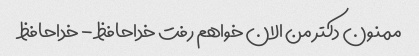
ممنون دکتر من الان خواهم رفت خداحافظ - خداحافظ